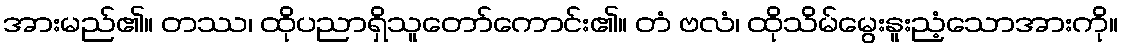
အားမည်၏။ တဿ၊ ထိုပညာရှိသူတော်ကောင်း၏။ တံ ဗလံ၊ ထိုသိမ်မွေးနူးညံ့သောအားကို။